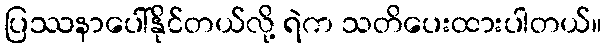
ပြဿနာပေါ်နိုင်တယ်လို့ ရဲက သတိပေးထားပါတယ်။